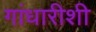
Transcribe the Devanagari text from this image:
गांधारीशी